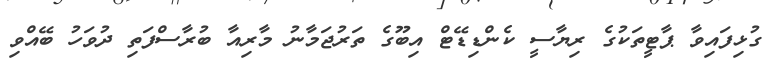
ގުޅިފައިވާ ޕާޓީތަކުގެ ރިޔާސީ ކެންޑިޑޭޓް އިބޫގެ ތަރުޖަމާނު މާރިއާ ބުރާސްފަތި ދުވަހު ބޭއްވި